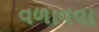
વળાવવા